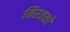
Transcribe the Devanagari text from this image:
मिस्जको